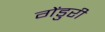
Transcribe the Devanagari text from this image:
गेंडुरी